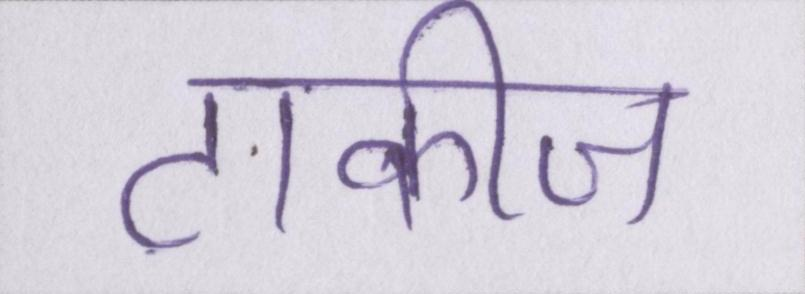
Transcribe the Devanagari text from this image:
टाकीज